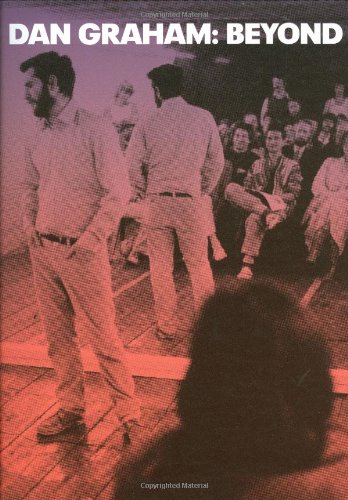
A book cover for Dan Graham: Beyond (Exhibition Catalogues: Whitney Museum of American Art); Arts & Photography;